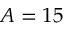
A = 1 5